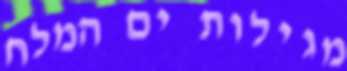
מגילות ים המלח